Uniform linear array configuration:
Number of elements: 12
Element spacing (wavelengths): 0.75
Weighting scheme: kaiser
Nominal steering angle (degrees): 45
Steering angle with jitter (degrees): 44.137
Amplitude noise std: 0.05
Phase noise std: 0.05

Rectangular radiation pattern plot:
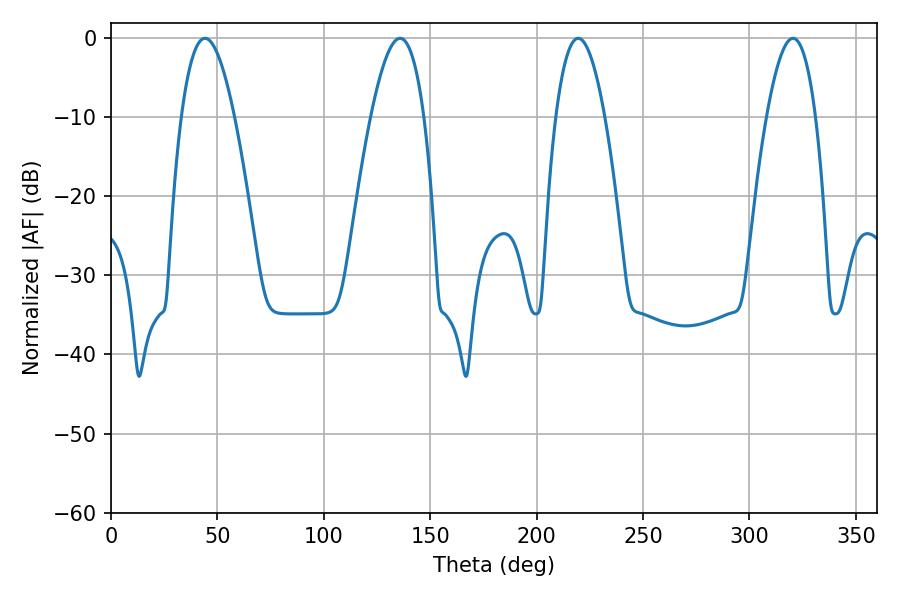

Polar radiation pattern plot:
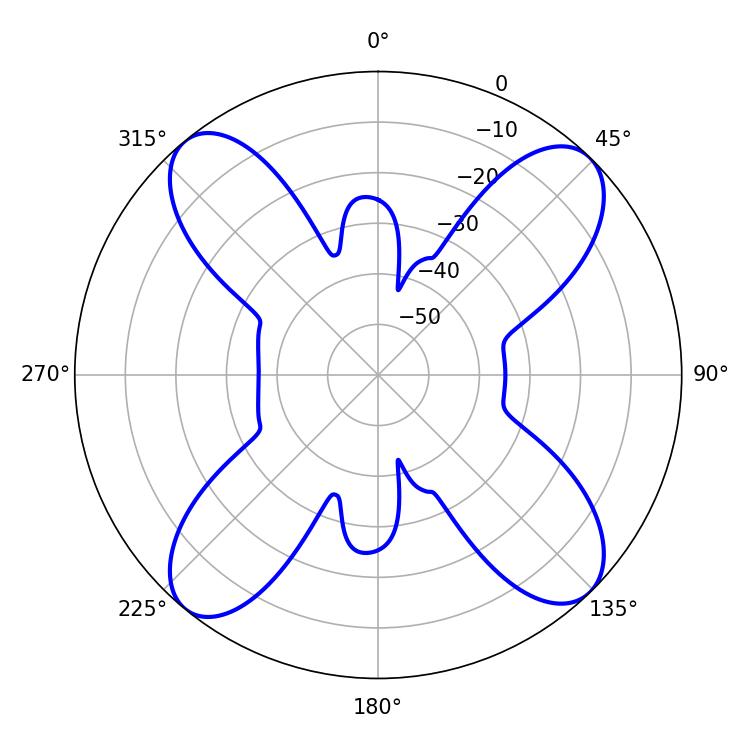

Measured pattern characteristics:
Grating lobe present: TRUE
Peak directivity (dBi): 15.463
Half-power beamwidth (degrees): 13.68
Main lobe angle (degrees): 44.1